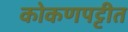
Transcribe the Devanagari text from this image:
कोकणपट्टीत